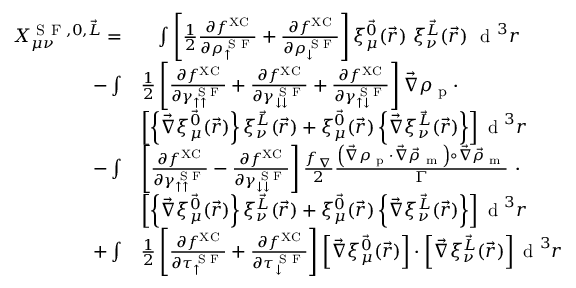
\begin{array} { r l } { X _ { \mu \nu } ^ { \textrm { S F } , 0 , \vec { L } } = } & { \phantom { + } \int \left[ \frac { 1 } { 2 } \frac { \partial f ^ { \mathrm { X C } } } { \partial \rho _ { \uparrow } ^ { \textrm { S F } } } + \frac { \partial f ^ { \mathrm { X C } } } { \partial \rho _ { \downarrow } ^ { \textrm { S F } } } \right] \xi _ { \mu } ^ { \vec { 0 } } ( \vec { r } ) ~ \xi _ { \nu } ^ { \vec { L } } ( \vec { r } ) ~ \textrm { d } ^ { 3 } r } \\ { - \int } & { \frac { 1 } { 2 } \left[ \frac { \partial f ^ { \mathrm { X C } } } { \partial \gamma _ { \uparrow \uparrow } ^ { \textrm { S F } } } + \frac { \partial f ^ { \mathrm { X C } } } { \partial \gamma _ { \downarrow \downarrow } ^ { \textrm { S F } } } + \frac { \partial f ^ { \mathrm { X C } } } { \partial \gamma _ { \uparrow \downarrow } ^ { \textrm { S F } } } \right] \vec { \nabla } \rho _ { \textrm { p } } \cdot } \\ & { \left[ \left\{ \vec { \nabla } \xi _ { \mu } ^ { \vec { 0 } } ( \vec { r } ) \right\} \xi _ { \nu } ^ { \vec { L } } ( \vec { r } ) + \xi _ { \mu } ^ { \vec { 0 } } ( \vec { r } ) \left\{ \vec { \nabla } \xi _ { \nu } ^ { \vec { L } } ( \vec { r } ) \right\} \right] \textrm { d } ^ { 3 } r } \\ { - \int } & { \left[ \frac { \partial f ^ { \mathrm { X C } } } { \partial \gamma _ { \uparrow \uparrow } ^ { \textrm { S F } } } - \frac { \partial f ^ { \mathrm { X C } } } { \partial \gamma _ { \downarrow \downarrow } ^ { \textrm { S F } } } \right] \frac { f _ { \nabla } } { 2 } \frac { \left( \vec { \nabla } \rho _ { \textrm { p } } \cdot \vec { \nabla } \vec { \rho } _ { \textrm { m } } \right) \circ \vec { \nabla } \vec { \rho } _ { \textrm { m } } } { \Gamma } ~ \cdot } \\ & { \left[ \left\{ \vec { \nabla } \xi _ { \mu } ^ { \vec { 0 } } ( \vec { r } ) \right\} \xi _ { \nu } ^ { \vec { L } } ( \vec { r } ) + \xi _ { \mu } ^ { \vec { 0 } } ( \vec { r } ) \left\{ \vec { \nabla } \xi _ { \nu } ^ { \vec { L } } ( \vec { r } ) \right\} \right] \textrm { d } ^ { 3 } r } \\ { + \int } & { \frac { 1 } { 2 } \left[ \frac { \partial f ^ { \mathrm { X C } } } { \partial \tau _ { \uparrow } ^ { \textrm { S F } } } + \frac { \partial f ^ { \mathrm { X C } } } { \partial \tau _ { \downarrow } ^ { \textrm { S F } } } \right] \left[ \vec { \nabla } \xi _ { \mu } ^ { \vec { 0 } } ( \vec { r } ) \right] \cdot \left[ \vec { \nabla } \xi _ { \nu } ^ { \vec { L } } ( \vec { r } ) \right] \textrm { d } ^ { 3 } r } \end{array}